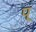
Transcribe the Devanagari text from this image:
प्‌